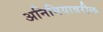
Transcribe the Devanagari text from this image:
अनिमियावरील